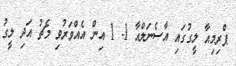
ޕްރިމިއާ ލީގުގައި އާސެނަލްއާ 1- 1 އިން އެއްވަރުވި މެޗު އަދި ލީގު